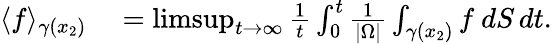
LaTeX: \begin{array}{rl}{\langle f\rangle_{\gamma(x_{2})}}&{{}=\operatorname*{limsup}_{t\to\infty}\frac{1}{t}\int_{0}^{t}\frac{1}{|\Omega|}\int_{\gamma(x_{2})}f\ dS\, dt.}\end{array}